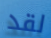
لقد